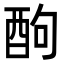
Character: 䣱